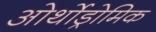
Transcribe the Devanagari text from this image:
ओर्थोड्रोमिक